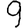
Digit: 9